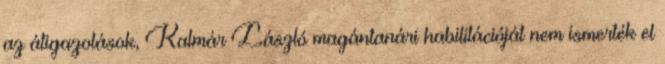
az átigazolások, Kalmár László magántanári habilitációját nem ismerték el